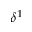
\delta ^ { 1 }